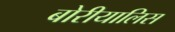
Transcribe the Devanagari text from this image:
बोरीयालिस